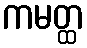
ကမတ္ထ